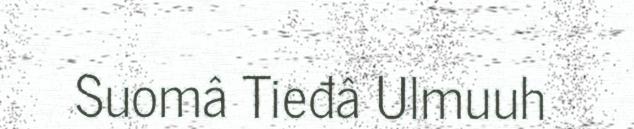
Suomâ Tieđâ Ulmuuh